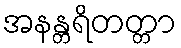
အနန္တရိတတ္တာ